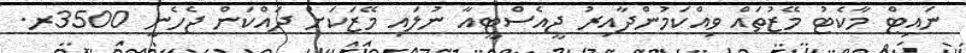
ނައިޓް މާކެޓު މޭޒުތައް ވިއްކަމުންދާއިރު ޖީއެސްޓީއާ ނުލައި މޭޒަކަށް ދައްކަން ޖެހެނީ 3500ރ.